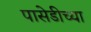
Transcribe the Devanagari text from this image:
पासेडीच्या